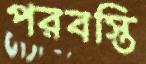
পরবস্তি